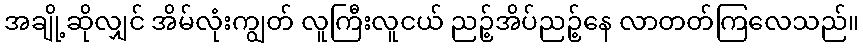
အချို့ဆိုလျှင် အိမ်လုံးကျွတ် လူကြီးလူငယ် ညဉ့်အိပ်ညဉ့်နေ လာတတ်ကြလေသည်။